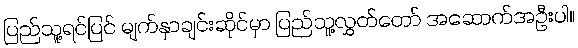
ပြည်သူ့ရင်ပြင် မျက်နှာချင်းဆိုင်မှာ ပြည်သူ့လွှတ်တော် အဆောက်အဦးပါ။